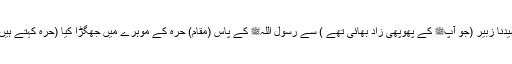
1597: سیدنا عبد اللہ بن زبیرؓ سے روایت ہے کہ انصار کے ایک آدمی نے سیدنا زبیرؓ (جو آپﷺ کے پھوپھی زاد بھائی تھے ) سے رسول اللہﷺ کے پاس (مقامِ) حرہ کے موہرے میں جھگڑا کیا (حرہ کہتے ہیں کالے پتھر والی زمین کو) جس سے کھجور کے درختوں کو پانی دیتے تھے۔